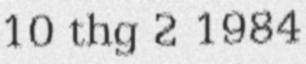
10 thg 2 1984